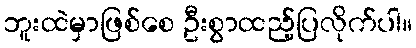
ဘူးထဲမှာဖြစ်စေ ဦးစွာထည့်ပြလိုက်ပါ။